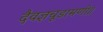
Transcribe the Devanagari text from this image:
दैवज्ञचूडामणी॥